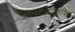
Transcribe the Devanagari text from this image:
कॉन्स्टेनटिनोविच